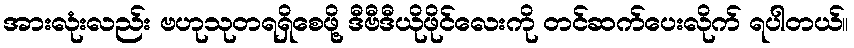
အားလုံးလည်း ဗဟုသုတရရှိစေဖို့ ဒီဗီဒီယိုဖိုင်လေးကို တင်ဆက်ပေးလိုက် ရပါတယ်။